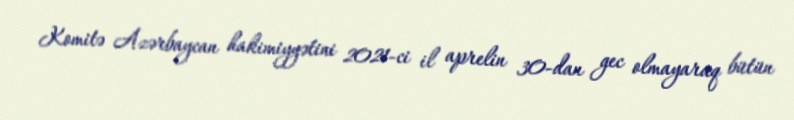
Komitə Azərbaycan hakimiyyətini 2021-ci il aprelin 30-dan gec olmayaraq bütün